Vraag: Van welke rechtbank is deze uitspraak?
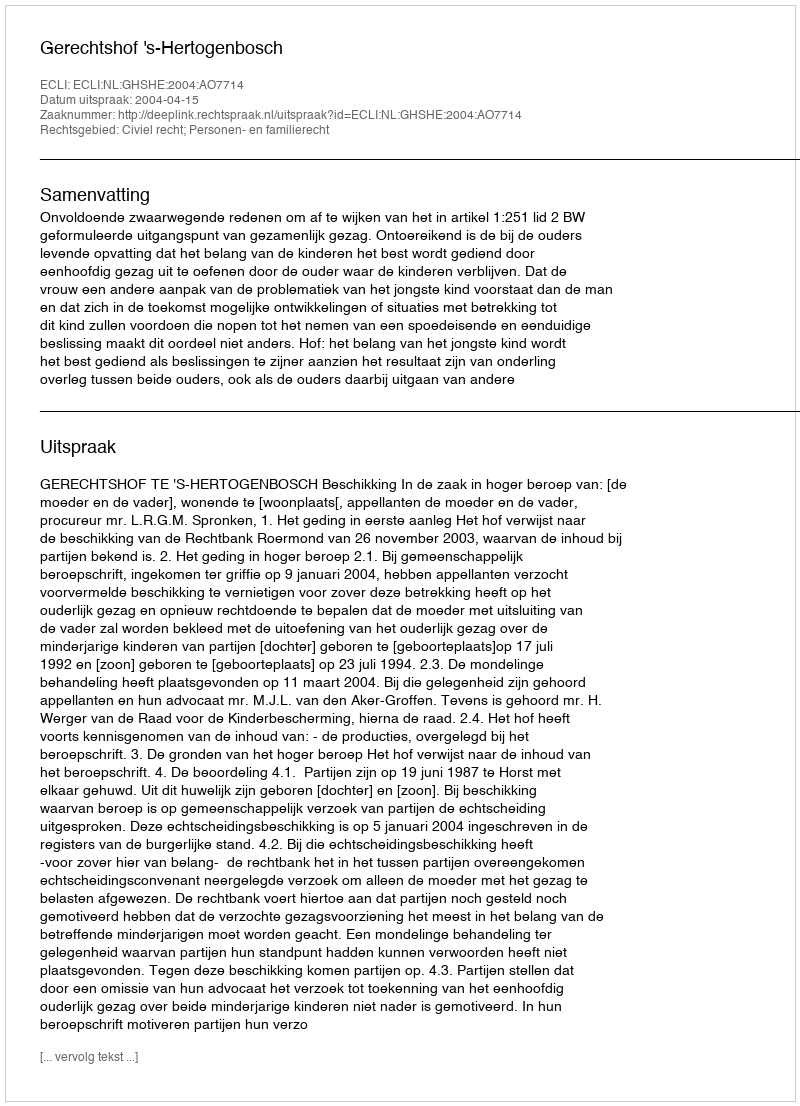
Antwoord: Gerechtshof 's-Hertogenbosch